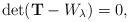
LaTeX: \begin{align*}\det(\mathbf{T}-W_\lambda)=0,\end{align*}